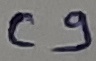
Text: C9